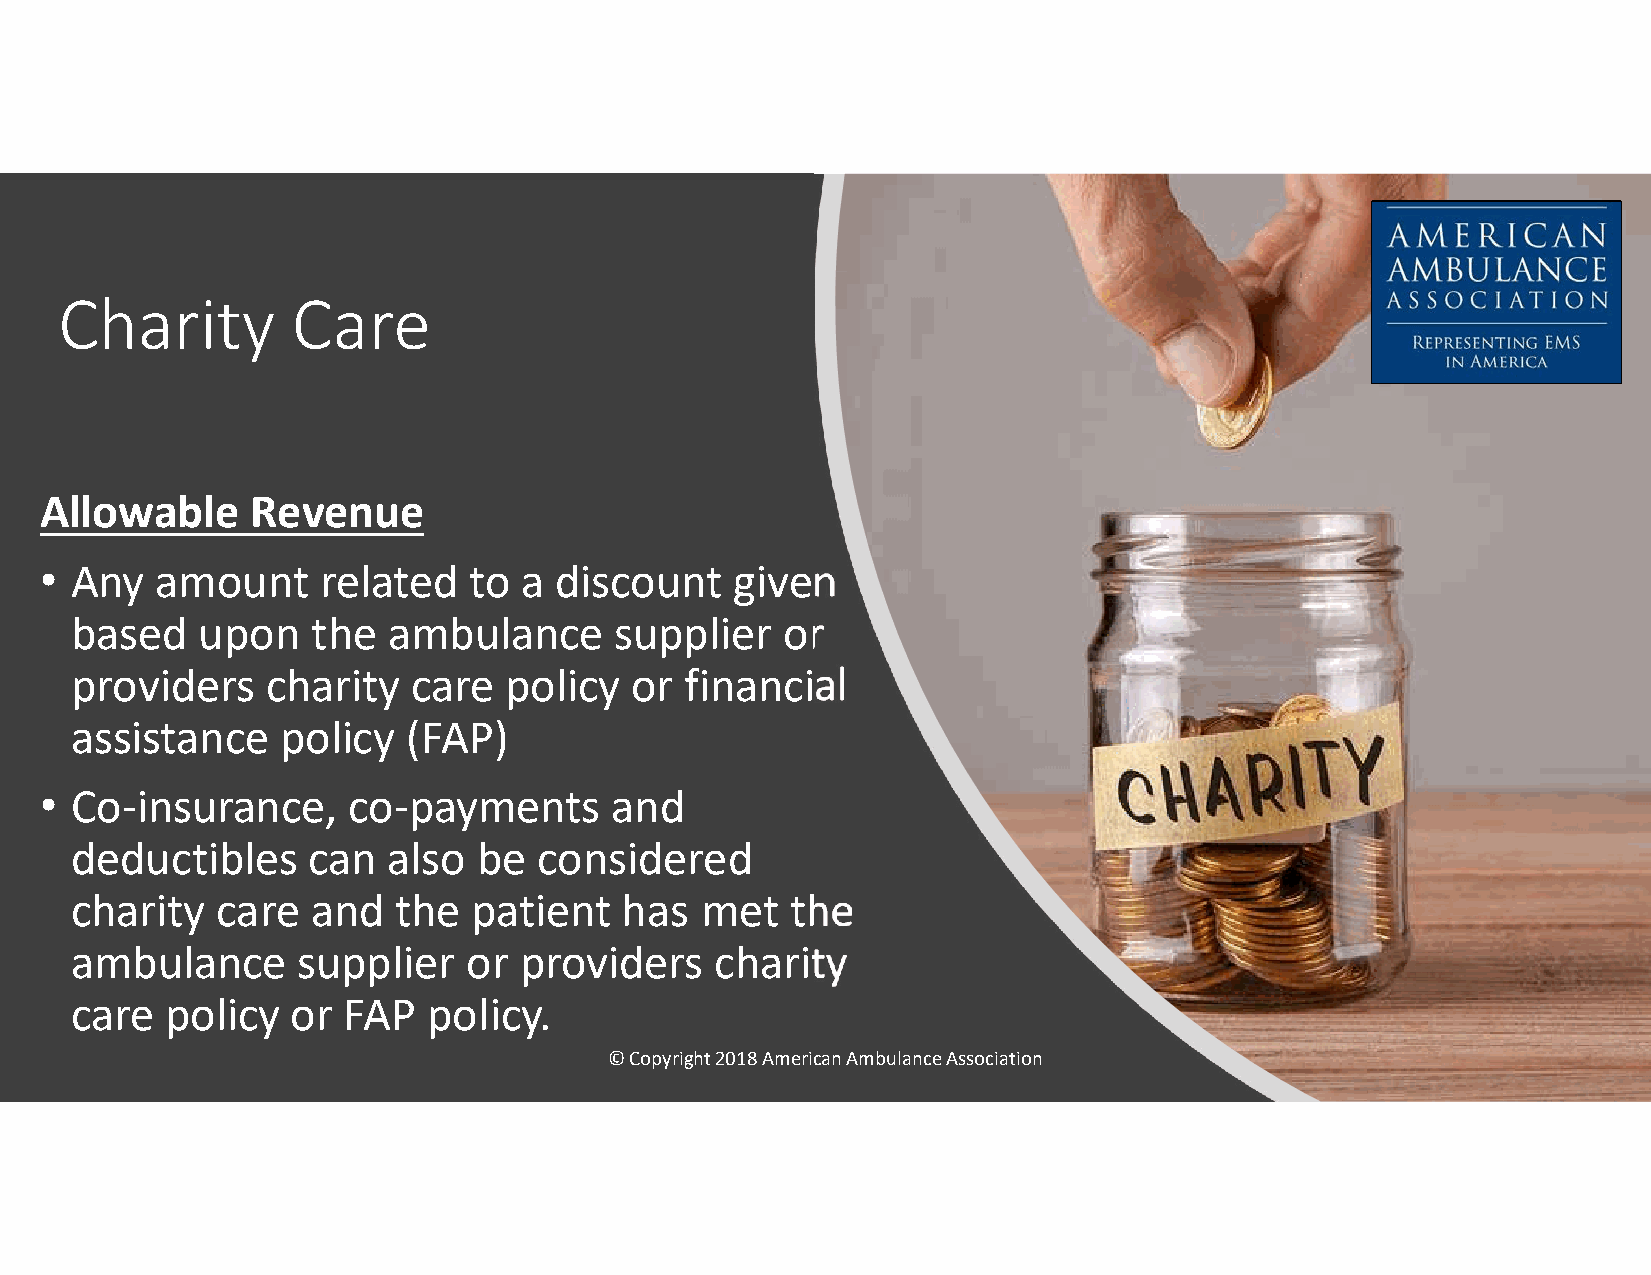
Charity        Care
 Allowable     Revenue
 • Any  amount     related   to  a discount    given
 based   upon    the  ambulance      supplier   or
 providers    charity  care  policy   or financial
 assistance    policy  (FAP)
 • Co-insurance,     co-payments       and
 deductibles    can   also  be  considered
 charity  care   and  the  patient   has  met   the
 ambulance      supplier   or providers    charity
 care  policy  or  FAP  policy.
 © Copyright 2018 American Ambulance Association